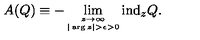
A ( Q ) \equiv - \lim _ { \stackrel { z \rightarrow \infty } { \scriptscriptstyle | \arg z | > \epsilon > 0 } } \mathrm { i n d } _ { z } Q .